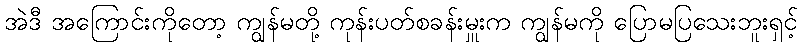
အဲဒီ အကြောင်းကိုတော့ ကျွန်မတို့ ကုန်းပတ်စခန်းမှူးက ကျွန်မကို ပြောမပြသေးဘူးရှင့်